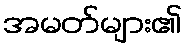
အမတ်များ၏